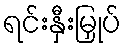
ရင်းနှီးမြှုပ်